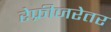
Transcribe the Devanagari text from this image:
रेफ्रीजरेतर